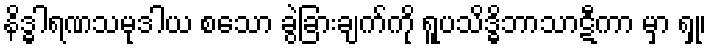
နိဒ္ဓါရဏသမုဒါယ စသော ခွဲခြားချက်ကို ရူပသိဒ္ဓိဘာသာဋီကာ မှာ ရှု၊